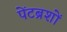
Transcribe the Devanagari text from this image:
पेंटब्रशों